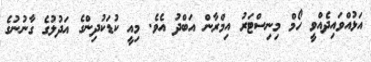
އަޅުއްވައިދެއްވީ ހޯމް މިނިސްޓަރު އިމްރާން އަބްދު އެވެ. މިއީ ކުޑަކުދިންގެ އަދުލުގެ ގާނުނުގެ